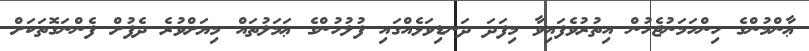
ޢާންމުންގެ ހިންހަމަނުޖެހުން އިތުރުވެފައިވާ މިފަދަ ދަނޑިވަޅެއްގައި ފުލުހުންގެ ޢަމަލުތައް މިޔަށްވުރެ ދެފުށް ފެންނަގޮތަކަށް